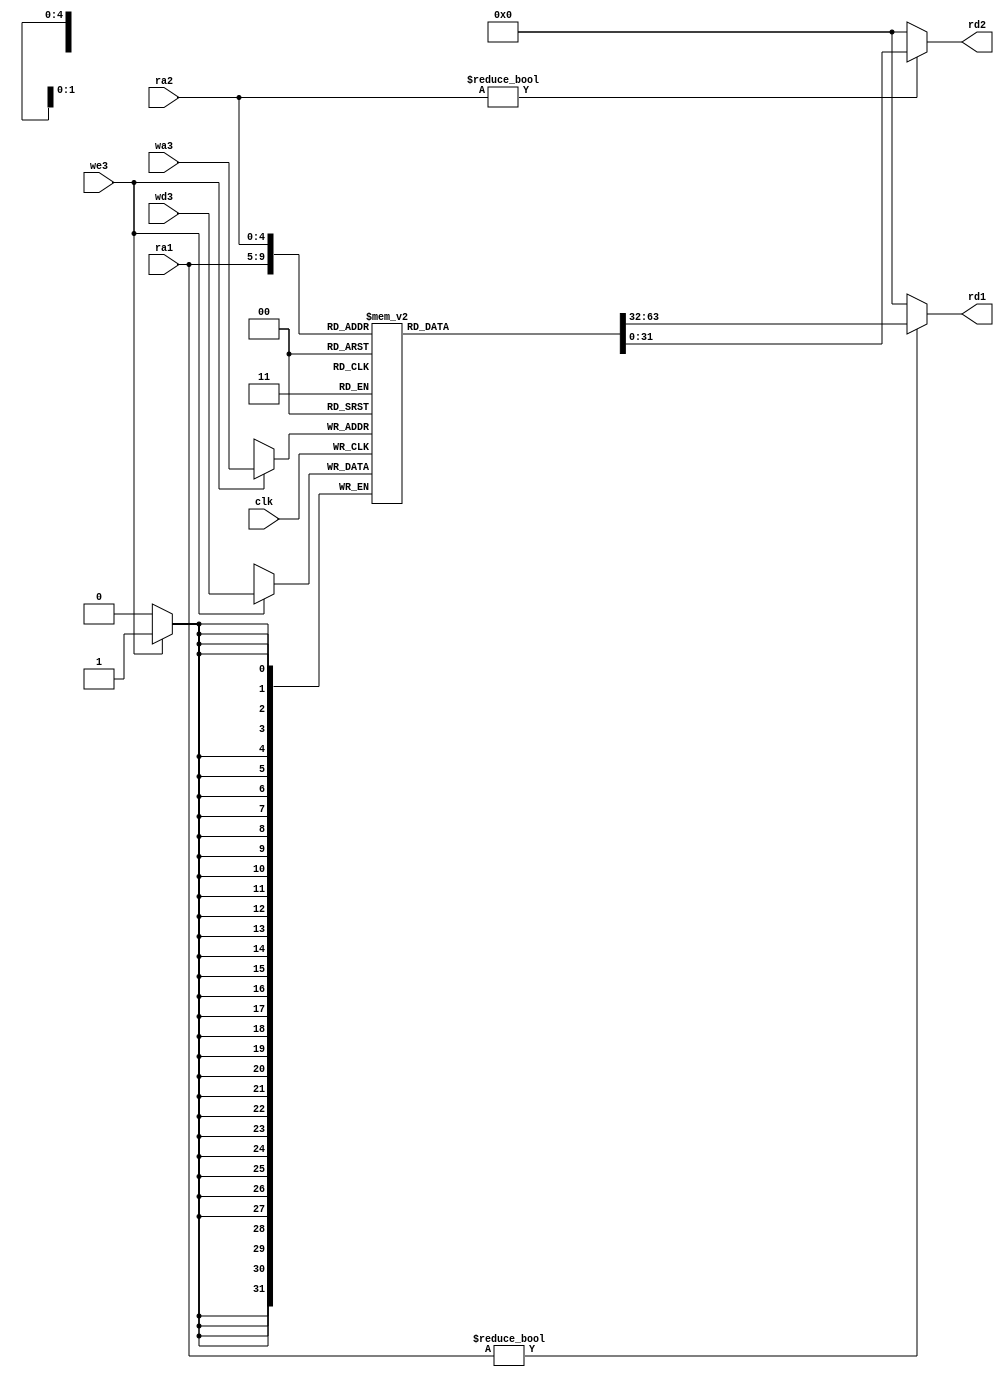
`timescale 1ns / 1ps



module regfile(
	input wire clk,
	input wire we3,
	input wire[4:0] ra1,ra2,wa3,
	input wire[31:0] wd3,
	output wire[31:0] rd1,rd2
    );

	reg [31:0] rf[31:0];

	always @(posedge clk) begin
		if(we3) begin
			 rf[wa3] <= wd3;
		end
	end

	assign rd1 = (ra1 != 0) ? rf[ra1] : 0;
	assign rd2 = (ra2 != 0) ? rf[ra2] : 0;
endmodule